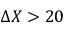
\Delta X > 2 0